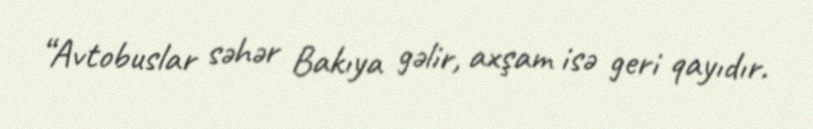
“Avtobuslar səhər Bakıya gəlir, axşam isə geri qayıdır.